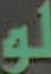
لو